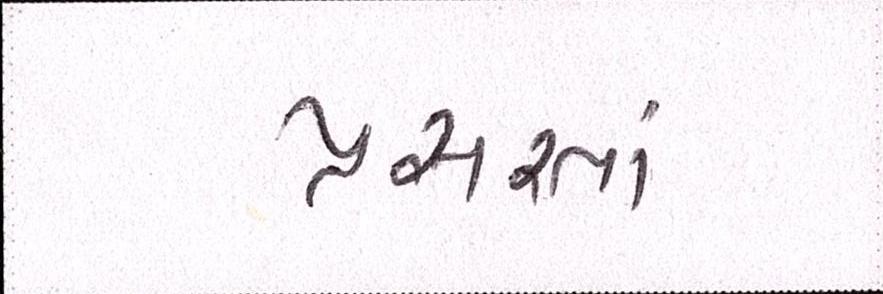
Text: પ્રસરતાં